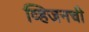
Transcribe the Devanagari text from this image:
व्हिजनची